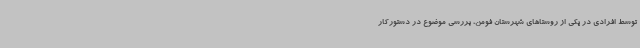
توسط افرادی در یکی از روستاهای شهرستان فومن، بررسی موضوع در دستورکار